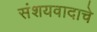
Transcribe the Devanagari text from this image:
संशयवादाचे